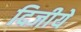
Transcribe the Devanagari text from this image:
दिजीये